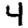
Digit: 4